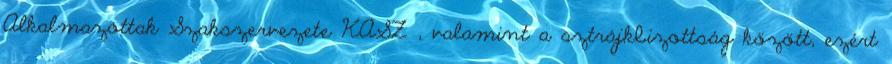
Alkalmazottak Szakszervezete KASZ , valamint a sztrájkbizottság között, ezért